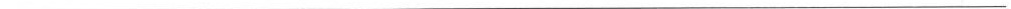
___